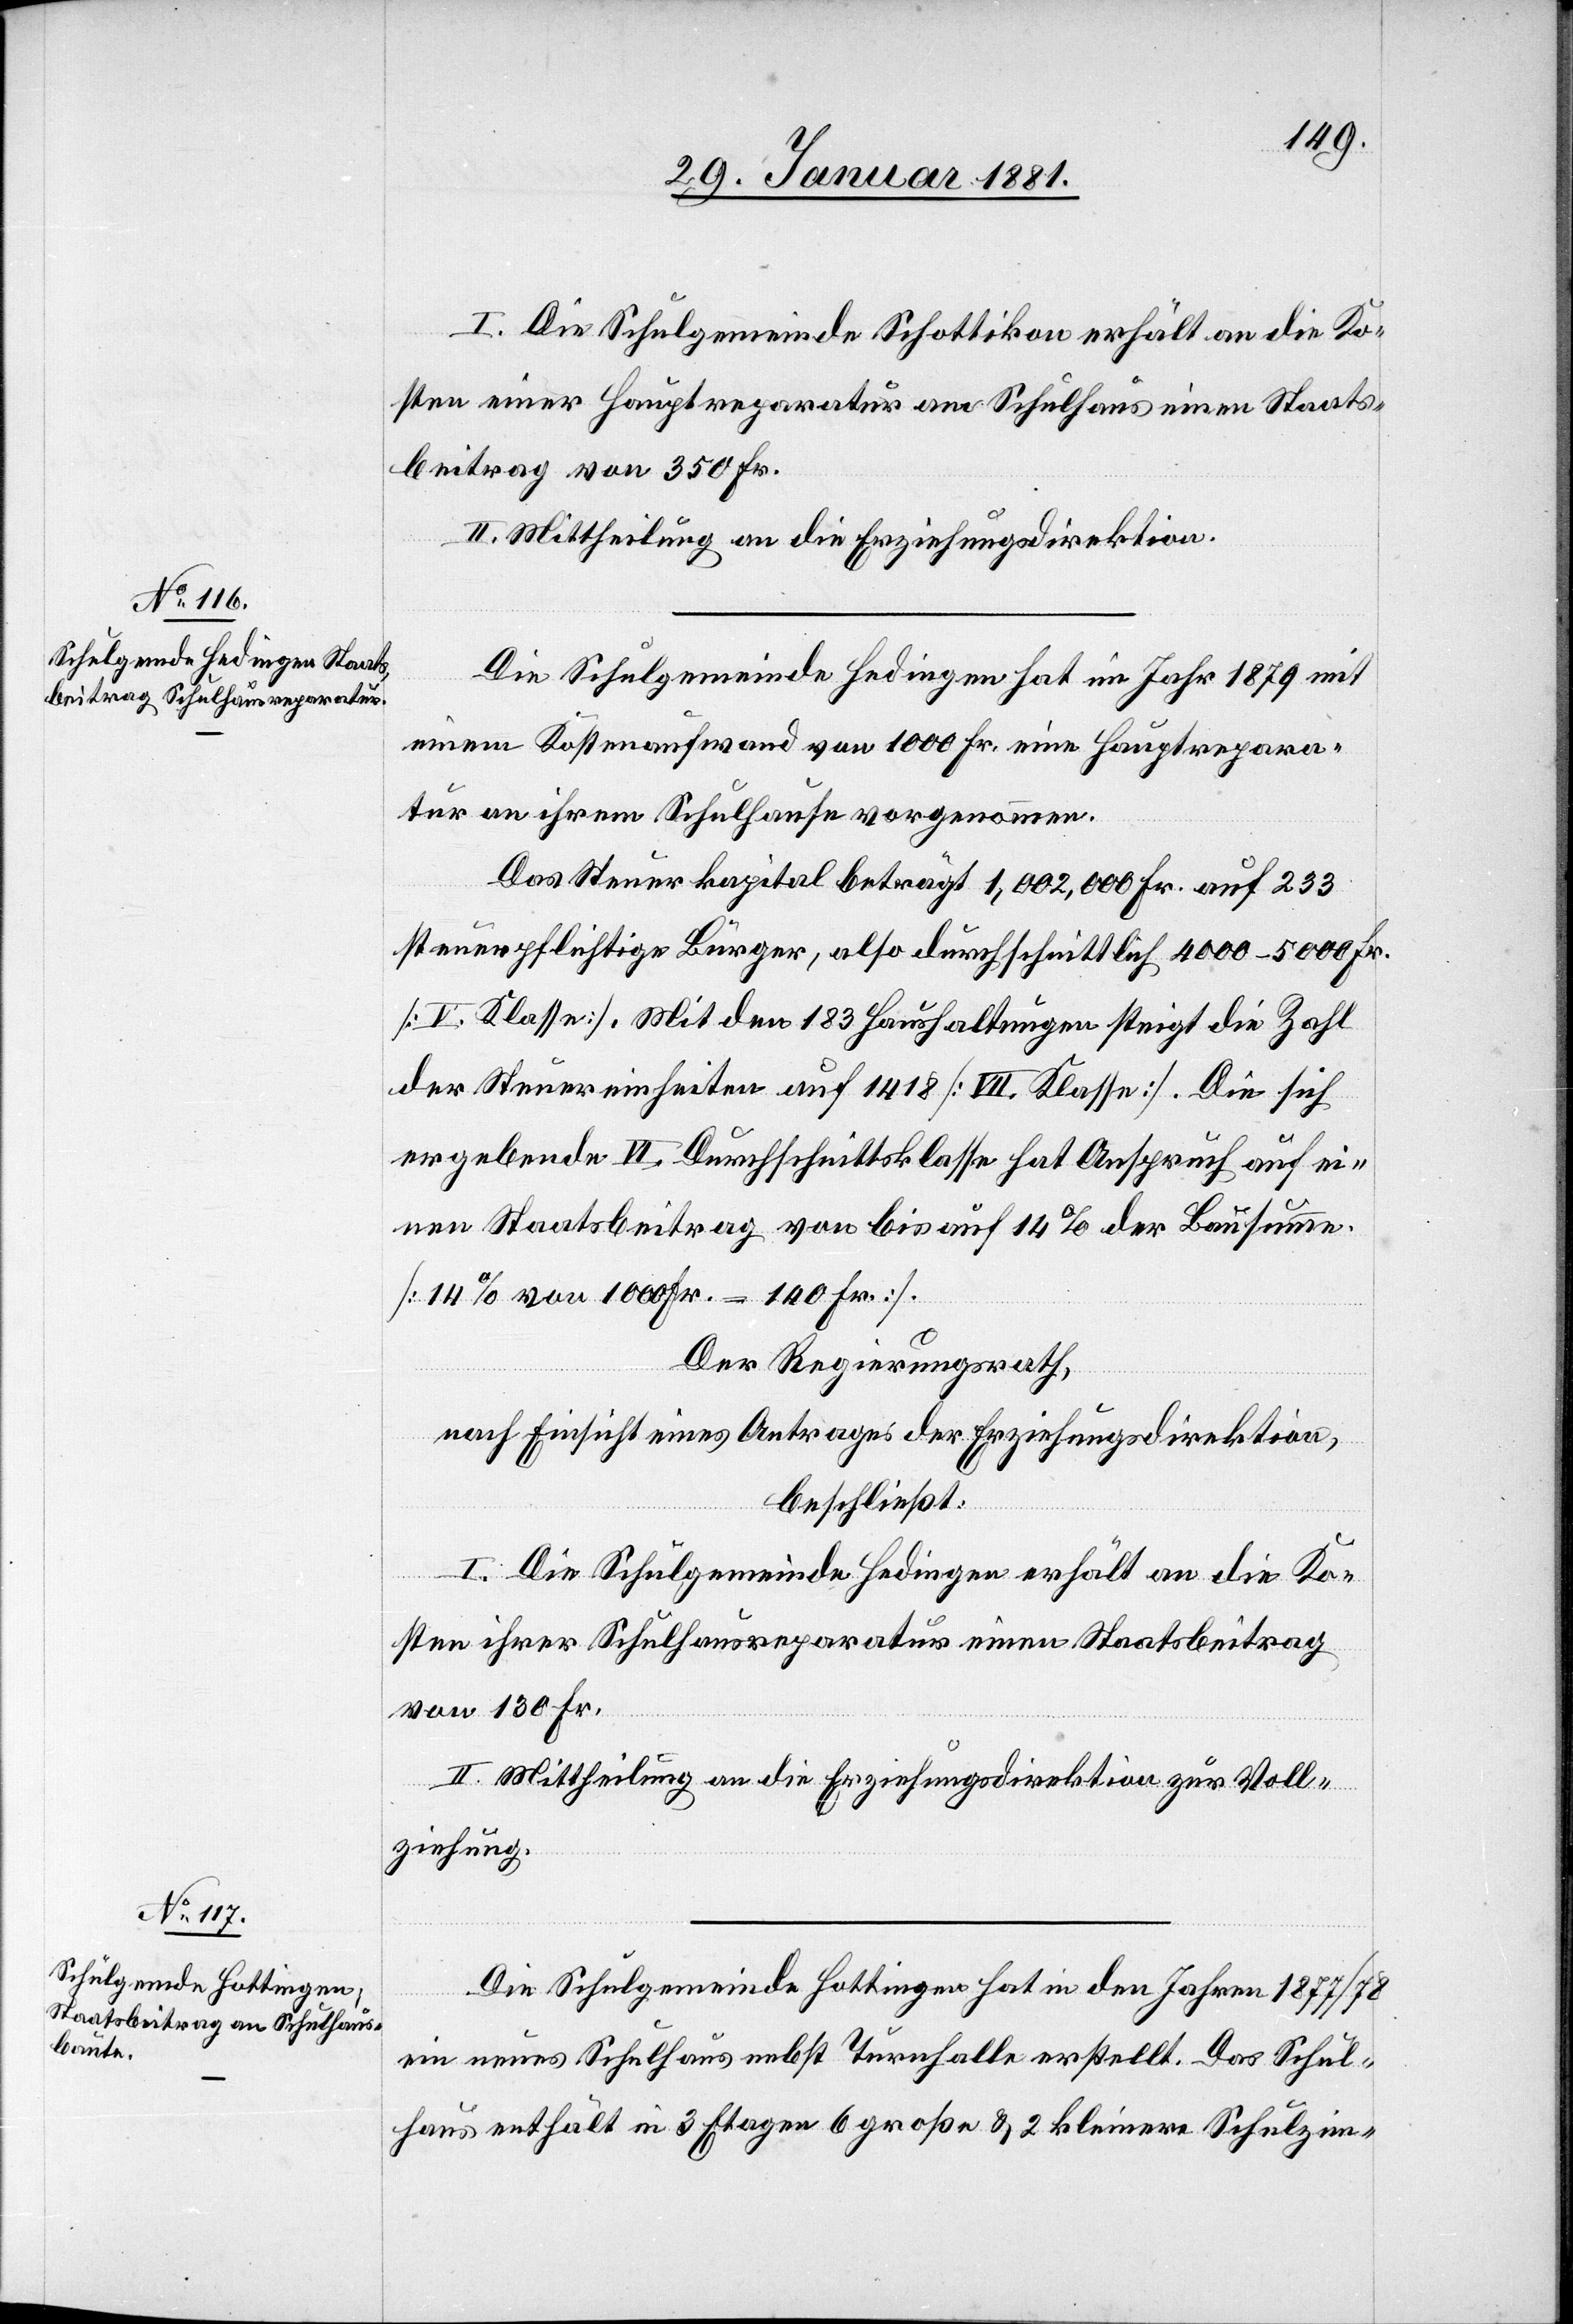
I. Die Schulgemeinde Schottikon erhält an die Ko¬
sten einer Hauptreparatur am Schulhaus einen Staats¬
beitrag von 350 Fr.
II. Mittheilung an die Erziehungsdirektion.
Die Schulgemeinde Hedingen hat im Jahr 1879 mit
einem Kostenaufwand von 1000 Fr. eine Hauptrepara¬
tur an ihrem Schulhause vorgenommen.
Das Steuerkapital beträgt 1,002,000 Fr. auf 233
steuerpflichtige Bürger, also durchschnittlich 4000–5000 Fr.
[V. Klasse]. Mit den 183 Haushaltungen steigt die Zahl
der Steuereinheiten auf 1418 [VII. Klasse]. Die sich
ergebende VI. Durchschnittsklasse hat Anspruch auf ei¬
nen Staatsbeitrag von bis auf 14% der Bausumme.
[14% von 1000 Fr. = 140 Fr.].
Der Regierungsrath,
nach Einsicht eines Antrages der Erziehungsdirektion,
beschließt:
I. Die Schulgemeinde Hedingen erhält an die Ko¬
sten ihrer Schulhausreparatur einen Staatsbeitrag
von 130 Fr.
II. Mittheilung an die Erziehungsdirektion zur Voll¬
ziehung.